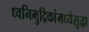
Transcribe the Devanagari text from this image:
ध्वनिमुद्रिकांमध्येसुद्धा